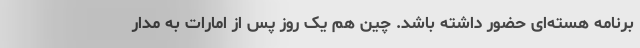
برنامه هسته‌ای حضور داشته باشد. چین هم یک روز پس از امارات به مدار